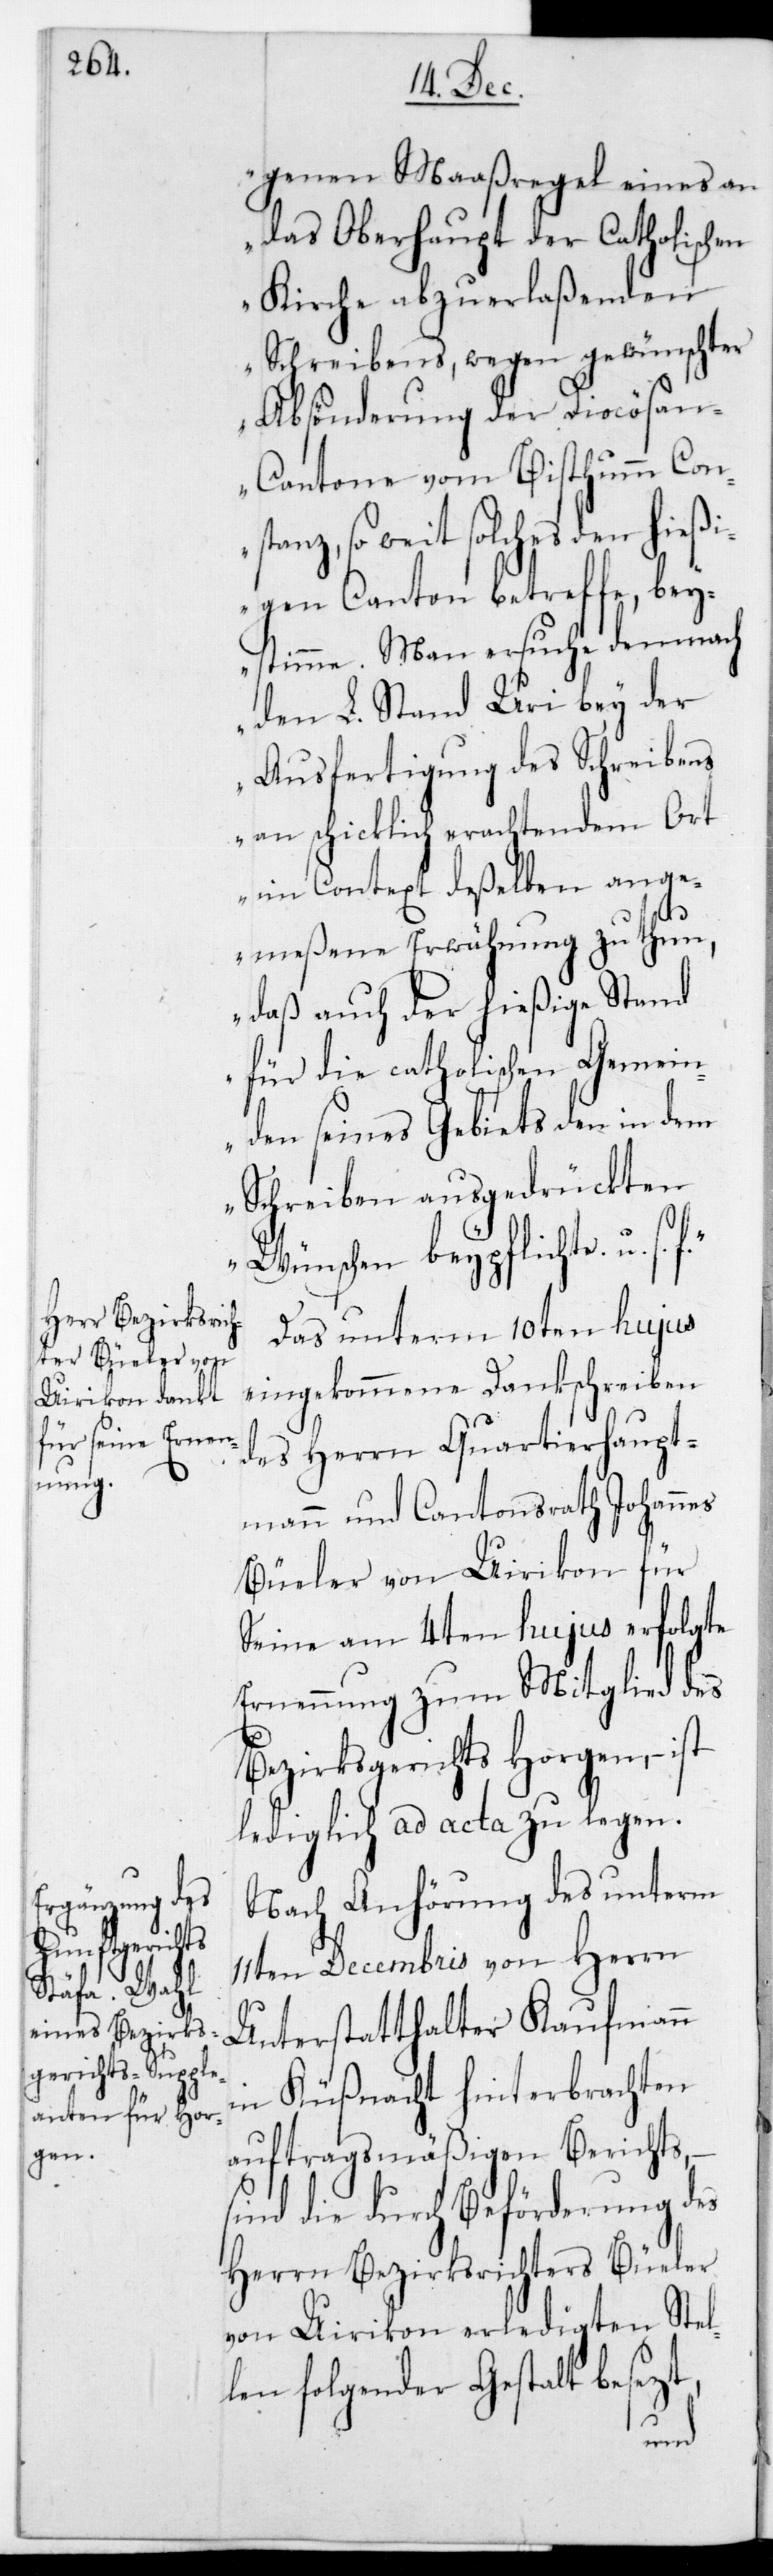
genen Maaßregel eines an
das Oberhaupt der Catholischen
Kirche abzuerlaßenden
Schreibens, wegen gewünschter
Absönderung der Diocösa¬
n-Cantone vom Bisthum Con¬
stanz, so weit solches den hießi¬
gen Canton betreffe, bey¬
stimme. Man ersuche demnach
den L. Stand Uri bey der
Ausfertigung des Schreibens
an schicklich erachtendem Ort
im Context deßelben ang¬
emeßene Erwähnung zu thun,
daß auch der hießige Stand
für die catholischen Gemein¬
den seines Gebiets den in dem
Schreiben ausgedrückten
Wünschen beypflichte, u. s.
Das unterm 10ten hujus
eingekommene Dankschreiben
des Herrn Quartierhaupt¬
mann und Cantonsrath Johannes
Büeler von Uirikon für
seine am 4ten hujus erfolgte
Ernennung zum Mitglied des
Bezirksgerichts Horgen, – ist
lediglich ad acta zu legen.
Nach Anhörung des unterm
11ten Decembris von Herrn
Unterstatthalter Kaufmann
in Küßnacht hinterbrachten
auftragsmäßigen Berichts,
sind die durch Beförderung des
Herrn Bezirksrichters Büeler
von Uirikon erledigten Stel¬
len folgender Gestalt besezt,